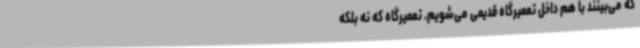
که می‌بینند با هم داخل تعمیرگاه قدیمی می‌شویم. تعمیرگاه که نه بلکه